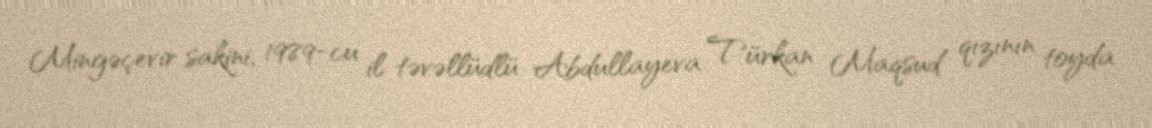
Mingəçevir sakini, 1989-cu il təvəllüdlü Abdullayeva Türkan Maqsud qızının toyda